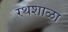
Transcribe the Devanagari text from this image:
रथशाळा